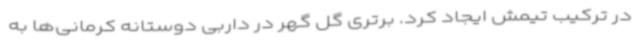
در ترکیب تیمش ایجاد کرد. برتری گل گهر در داربی دوستانه کرمانی‌ها به